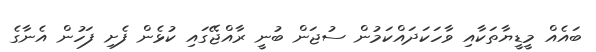
ބައެއް މީޑީޔާތަކާއި ވާހަކަދައްކަމުން ސުޖަން ބުނީ ރާއްޖޭގައި ކުޅެން ފެށި ފަހުން އެނާގެ